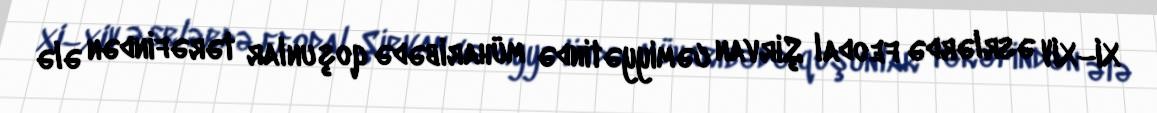
XI–XIV əsrlərdə feodal Şirvan cəmiyyətində müharibədə qoşunlar tərəfindən ələ